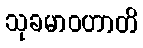
သုခမာဝဟာတိ